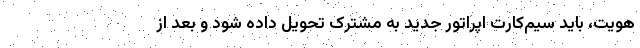
هویت، باید سیم‌کارت اپراتور جدید به مشترک تحویل داده شود و بعد از